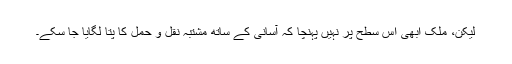
لیکن، ملک ابھی اِس سطح پر نہیں پہنچا کہ آسانی کے ساتھ مشتبہ نقل و حمل کا پتا لگایا جا سکے۔